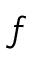
^ { f }